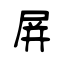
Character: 屏